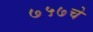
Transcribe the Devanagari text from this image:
७५७चे